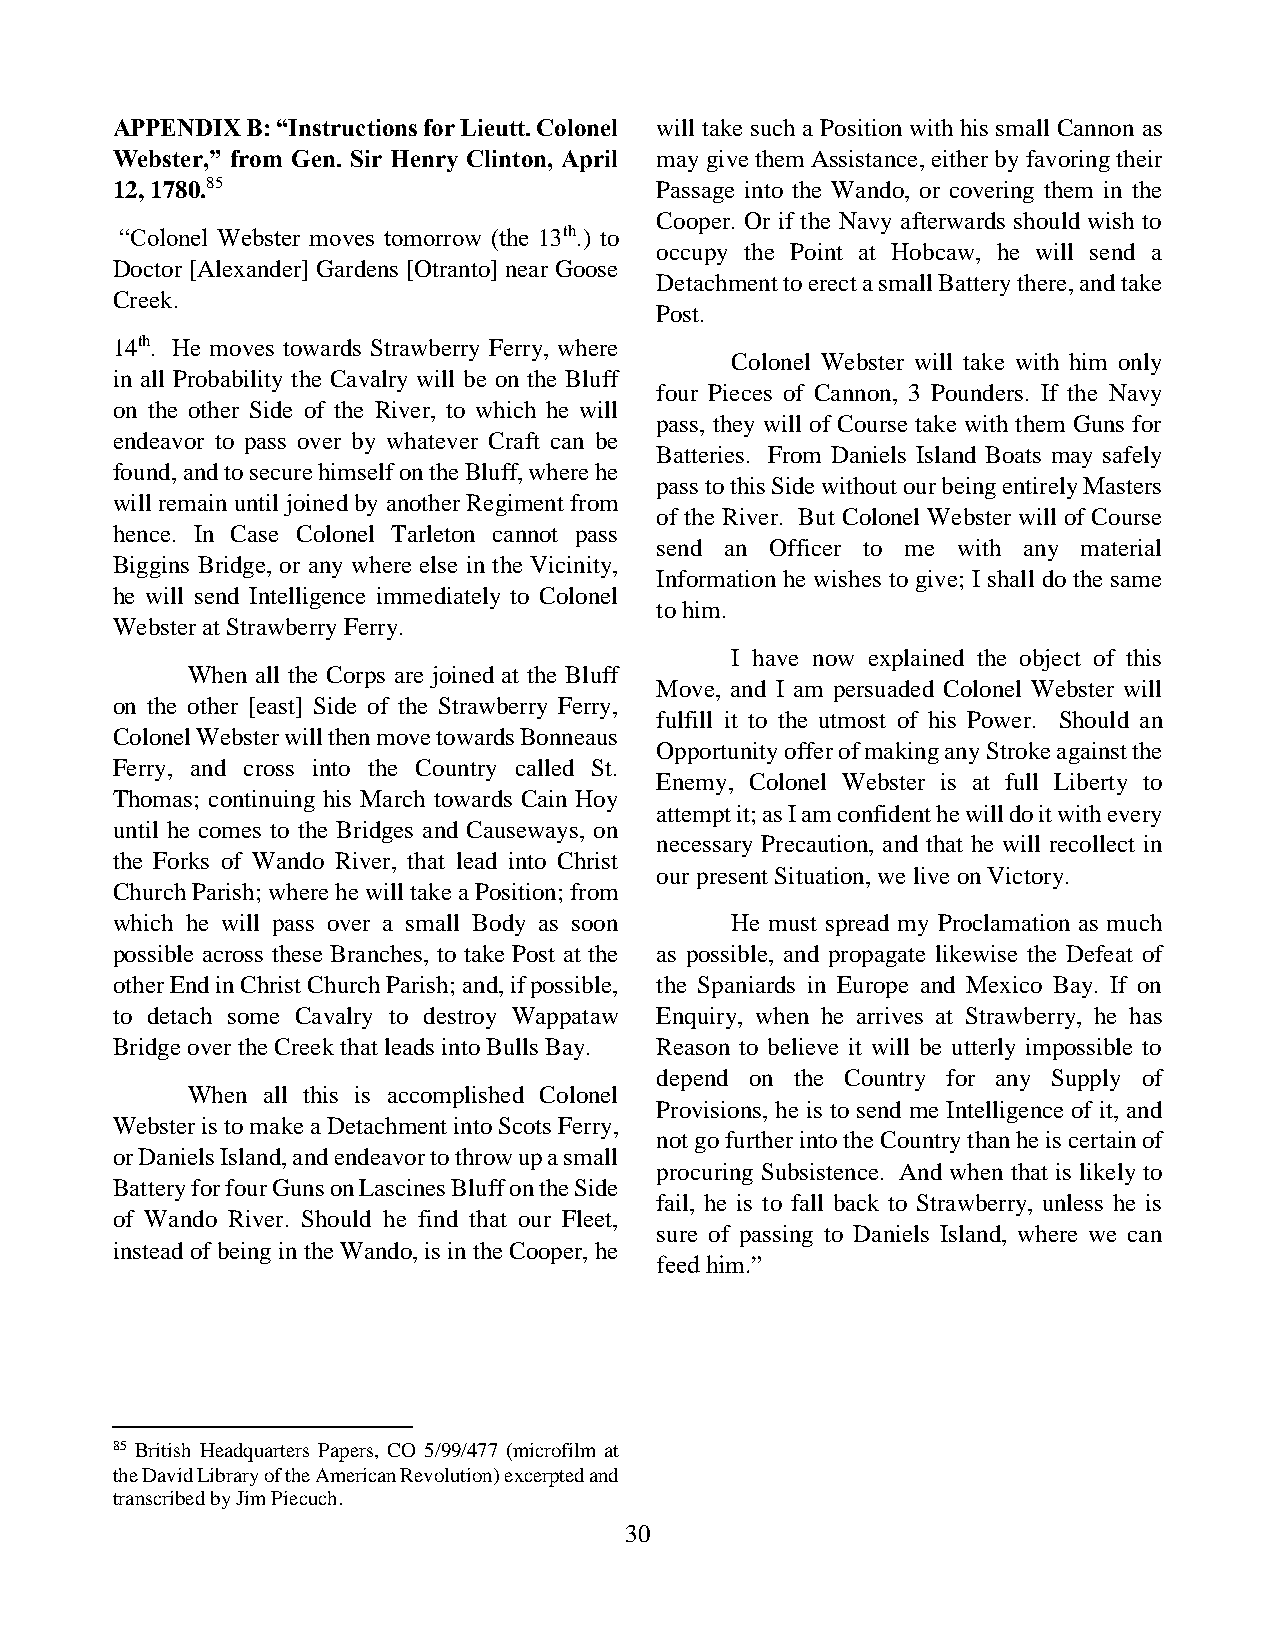
APPENDIX B: “Instructions for Lieutt. Colonel will take such a Position with his small Cannon as
 Webster,” from Gen. Sir Henry Clinton, April may give them Assistance, either by favoring their
 12, 1780.85                         Passage into the Wando, or covering them in the
 Cooper. Or if the Navy afterwards should wish to
 “Colonel Webster moves tomorrow (the 13th.) to
 occupy the Point at Hobcaw, he will send a
 Doctor [Alexander] Gardens [Otranto] near Goose
 Detachment to erect a small Battery there, and take
 Creek.
 Post.
 14th. He moves towards Strawberry Ferry, where
 Colonel Webster will take with him only
 in all Probability the Cavalry will be on the Bluff
 four Pieces of Cannon, 3 Pounders. If the Navy
 on the other Side of the River, to which he will
 pass, they will of Course take with them Guns for
 endeavor to pass over by whatever Craft can be
 Batteries. From Daniels Island Boats may safely
 found, and to secure himself on the Bluff, where he
 pass to this Side without our being entirely Masters
 will remain until joined by another Regiment from
 of the River. But Colonel Webster will of Course
 hence. In Case Colonel Tarleton cannot pass
 send an Officer to me with any material
 Biggins Bridge, or any where else in the Vicinity,
 Information he wishes to give; I shall do the same
 he will send Intelligence immediately to Colonel
 to him.
 Webster at Strawberry Ferry.
 I have now explained the object of this
 When all the Corps are joined at the Bluff
 Move, and I am persuaded Colonel Webster will
 on the other [east] Side of the Strawberry Ferry,
 fulfill it to the utmost of his Power. Should an
 Colonel Webster will then move towards Bonneaus
 Opportunity offer of making any Stroke against the
 Ferry, and cross into the Country called St.
 Enemy, Colonel Webster is at full Liberty to
 Thomas; continuing his March towards Cain Hoy
 attempt it; as I am confident he will do it with every
 until he comes to the Bridges and Causeways, on
 necessary Precaution, and that he will recollect in
 the Forks of Wando River, that lead into Christ
 our present Situation, we live on Victory.
 Church Parish; where he will take a Position; from
 which he will pass over a small Body as soon He must spread my Proclamation as much
 possible across these Branches, to take Post at the as possible, and propagate likewise the Defeat of
 other End in Christ Church Parish; and, if possible, the Spaniards in Europe and Mexico Bay. If on
 to detach some Cavalry to destroy Wappataw Enquiry, when he arrives at Strawberry, he has
 Bridge over the Creek that leads into Bulls Bay. Reason to believe it will be utterly impossible to
 depend on the Country for any Supply of
 When all this is accomplished Colonel
 Provisions, he is to send me Intelligence of it, and
 Webster is to make a Detachment into Scots Ferry,
 not go further into the Country than he is certain of
 or Daniels Island, and endeavor to throw up a small
 procuring Subsistence. And when that is likely to
 Battery for four Guns on Lascines Bluff on the Side
 fail, he is to fall back to Strawberry, unless he is
 of Wando River. Should he find that our Fleet,
 sure of passing to Daniels Island, where we can
 instead of being in the Wando, is in the Cooper, he
 feed him.”
 85 British Headquarters Papers, CO 5/99/477 (microfilm at
 the David Library of the American Revolution) excerpted and
 transcribed by Jim Piecuch.
 30